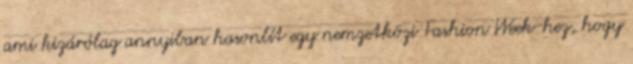
ami kizárólag annyiban hasonlít egy nemzetközi Fashion Week-hez, hogy